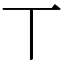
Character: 丅